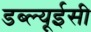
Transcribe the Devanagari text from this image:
डब्ल्यूईसी